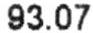
93.07